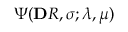
\Psi ( \mathbf Ḋ R Ḍ , \pmb Ḋ \sigma Ḍ ; \lambda , \mu )